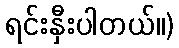
ရင်းနှီးပါတယ်။)